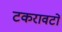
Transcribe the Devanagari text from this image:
टकरावटों